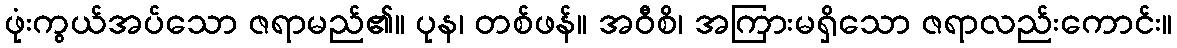
ဖုံးကွယ်အပ်သော ဇရာမည်၏။ ပုန၊ တစ်ဖန်။ အဝီစိ၊ အကြားမရှိသော ဇရာလည်းကောင်း။